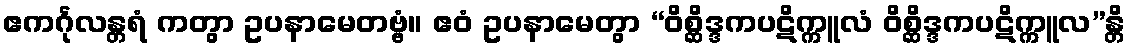
ဧကင်္ဂုလန္တရံ ကတွာ ဥပနာမေတဗ္ဗံ။ ဧဝံ ဥပနာမေတွာ “ဝိစ္ဆိဒ္ဒကပဋိက္ကူလံ ဝိစ္ဆိဒ္ဒကပဋိက္ကူလ”န္တိ